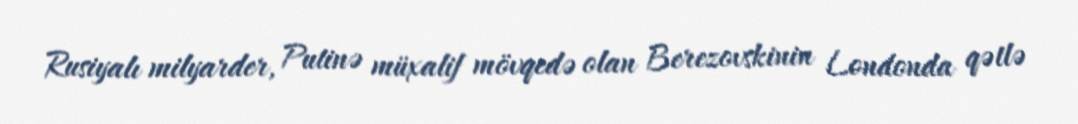
Rusiyalı milyarder, Putinə müxalif mövqedə olan Berezovskinin Londonda qətlə